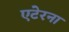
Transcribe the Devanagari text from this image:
एटेरना